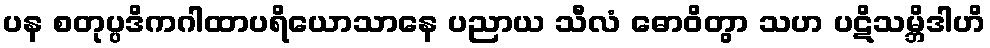
ပန စတုပ္ပဒိကဂါထာပရိယောသာနေ ပညာယ သီလံ ဓောဝိတွာ သဟ ပဋိသမ္ဘိဒါဟိ